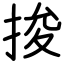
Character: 捘